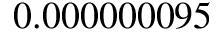
0 . 0 0 0 0 0 0 0 9 5